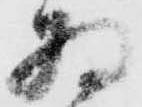
為